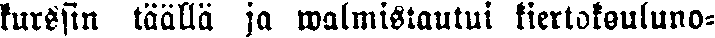
kurssin täällä ja walmistautui kiertokouluno-